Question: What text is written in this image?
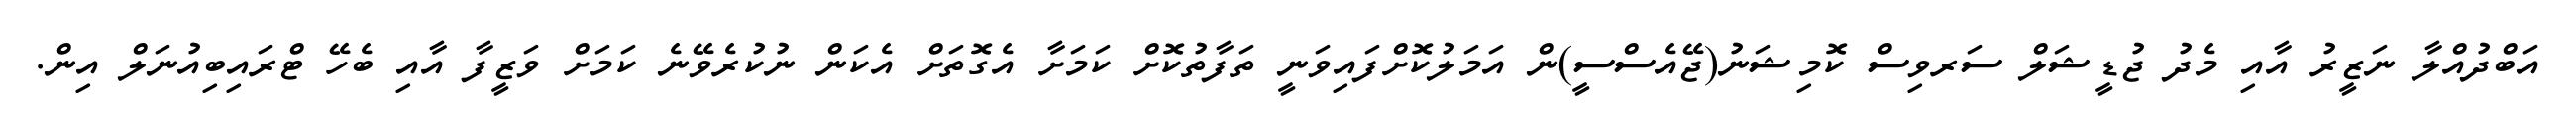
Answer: އަބްދުއްލާ ނަޒީރު އާއި މެދު ޖުޑީޝަލް ސަރވިސް ކޮމިޝަނު(ޖޭއެސްސީ)ން އަމަލުކޮށްފައިވަނީ ތަފާތުކޮށް ކަމަށާ އެގޮތަށް އެކަން ނުކުރެވޭނެ ކަމަށް ވަޒީފާ އާއި ބެހޭ ޓްރައިބިއުނަލް އިން.